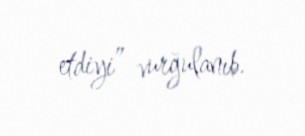
etdiyi” vurğulanıb.